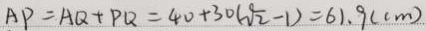
A P = A Q + P Q = 4 0 + 3 0 ( \sqrt { 2 } - 1 ) = 6 1 . 9 ( c m )